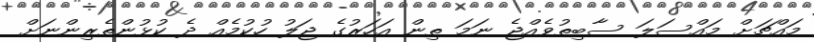
މައްޗަށް މައްސަލަ ސާބިތުވެއްޖެ ނަމަ ތިން އަހަރުގެ ޖަލު ހުކުމެއް ދެ ކުޅުންތެރިންނަށް